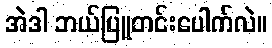
အဲဒါ ဘယ်ပြူတင်းပေါက်လဲ။